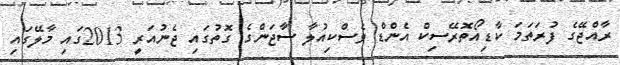
ރާއްޖޭގެ ފުރަތަމަ ކާޑިއޯތޮރޭސިކް އެންޑް ވެސްކިއުލާ ސާޖަންގެ ގޮތުގައި ޖެނުއަރީ 2013ގައި މާލޭގައި